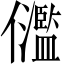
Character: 𠑈